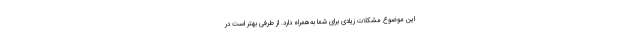
این موضوع مشکلات زیادی برای شما به‌همراه دارد. از طرفی بهتر است در